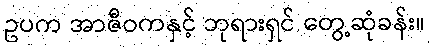
ဥပက အာဇီဝကနှင့် ဘုရားရှင် တွေ့ဆုံခန်း။